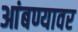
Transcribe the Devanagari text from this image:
आंबण्यावर